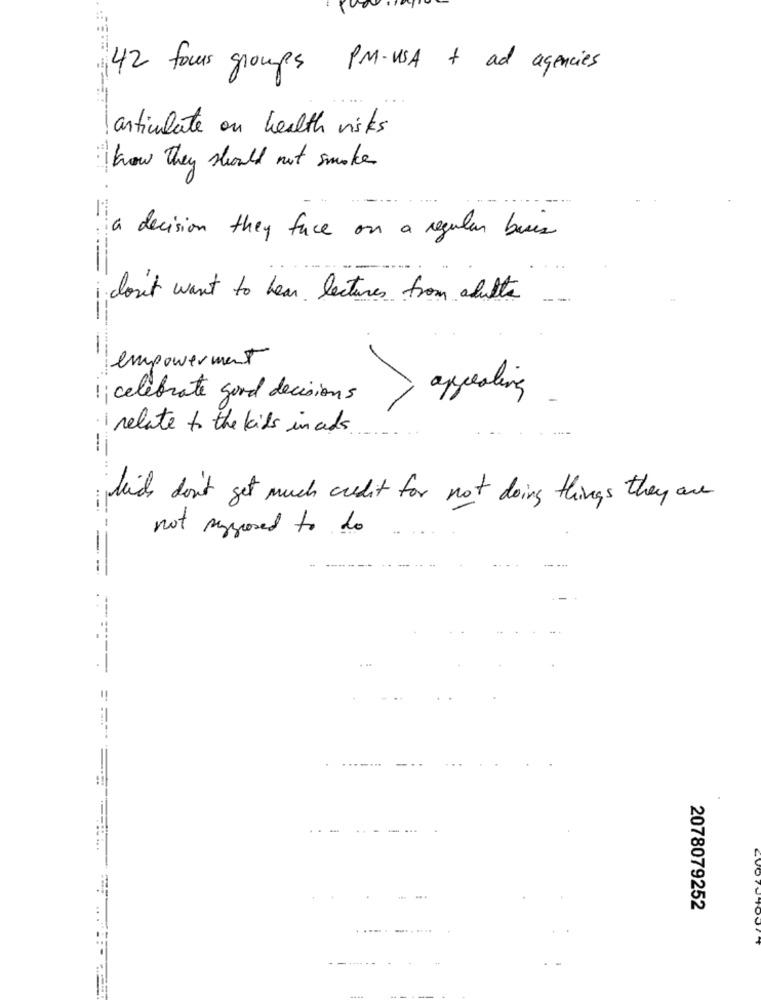
42 focus groups PM-USA + ad agencies
articulate on health risks
how they should not smoke.
a decision they face on a regular basis
don't want to hear lectures from adults
--
--
empowerment
1; celebrate good decisions
relate to the kids in ads.
kids don't get much credit for not doing things they are
not syposed to do
--
.--
2078079252